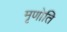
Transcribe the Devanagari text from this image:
मृणोति